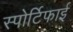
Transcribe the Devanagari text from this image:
स्पोर्टिफाई